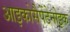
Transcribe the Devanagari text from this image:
आइकोसैपेंटेनोइक